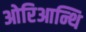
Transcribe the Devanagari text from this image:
ओरिआन्थि